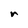
Character: r